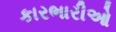
કારભારીઓ